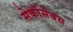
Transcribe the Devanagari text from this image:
सेर्कोसेबस